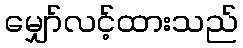
မျှော်လင့်ထားသည်